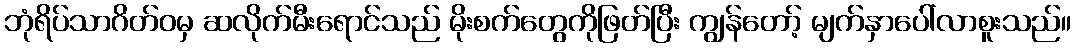
ဘုံရိပ်သာဂိတ်ဝမှ ဆလိုက်မီးရောင်သည် မိုးစက်တွေကိုဖြတ်ပြီး ကျွန်တော့် မျက်နှာပေါ်လာစူးသည်။